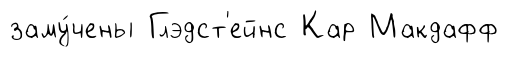
заму́чены Глэдст'ейнс Кар Макдафф